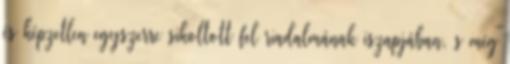
és képzetlen egyszerre sikoltott fel riadalmának iszapjában, s még